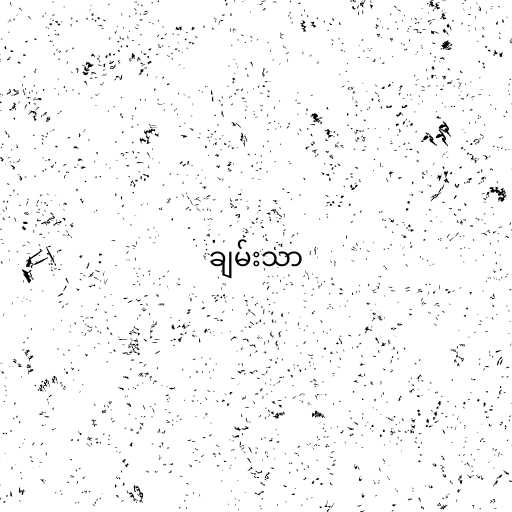
ချမ်းသာ